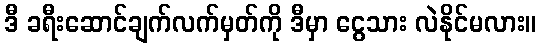
ဒီ ခရီးဆောင်ချက်လက်မှတ်ကို ဒီမှာ ငွေသား လဲနိုင်မလား။